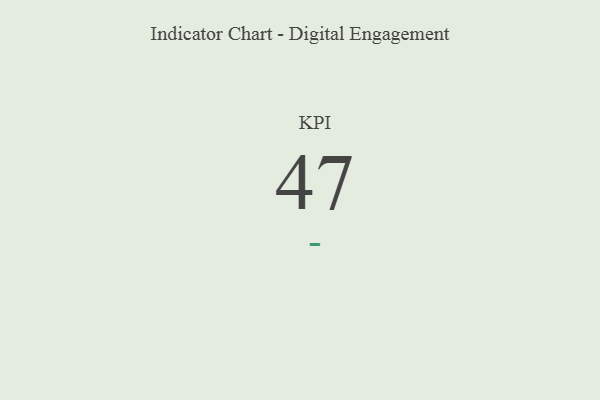
{"axis": {"x": "KPI", "y": "Value"}, "legend": [""], "data": [{"x": "KPI", "y": 47, "type": ""}]}